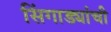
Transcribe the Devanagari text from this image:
सिंगाड्यांची